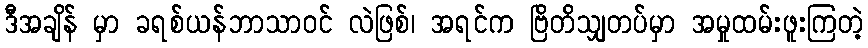
ဒီအချိန် မှာ ခရစ်ယန်ဘာသာဝင် လဲဖြစ်၊ အရင်က ဗြိတိသျှတပ်မှာ အမှုထမ်းဖူးကြတဲ့